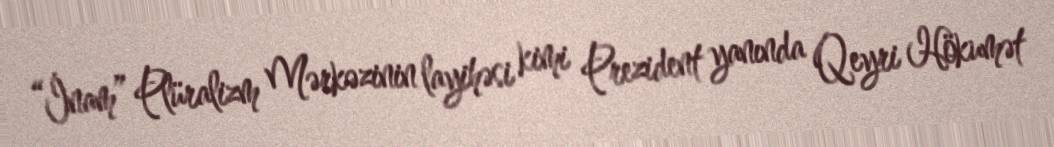
“İnam” Plüralizm Mərkəzinin layihəsi kimi Prezident yanında Qeyri Hökumət